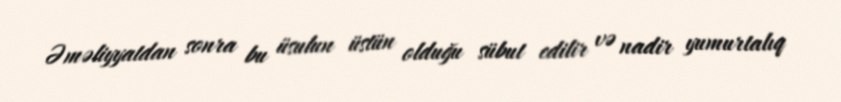
Əməliyyatdan sonra bu üsulun üstün olduğu sübut edilir və nadir yumurtalıq